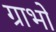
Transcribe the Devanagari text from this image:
ग्राभों